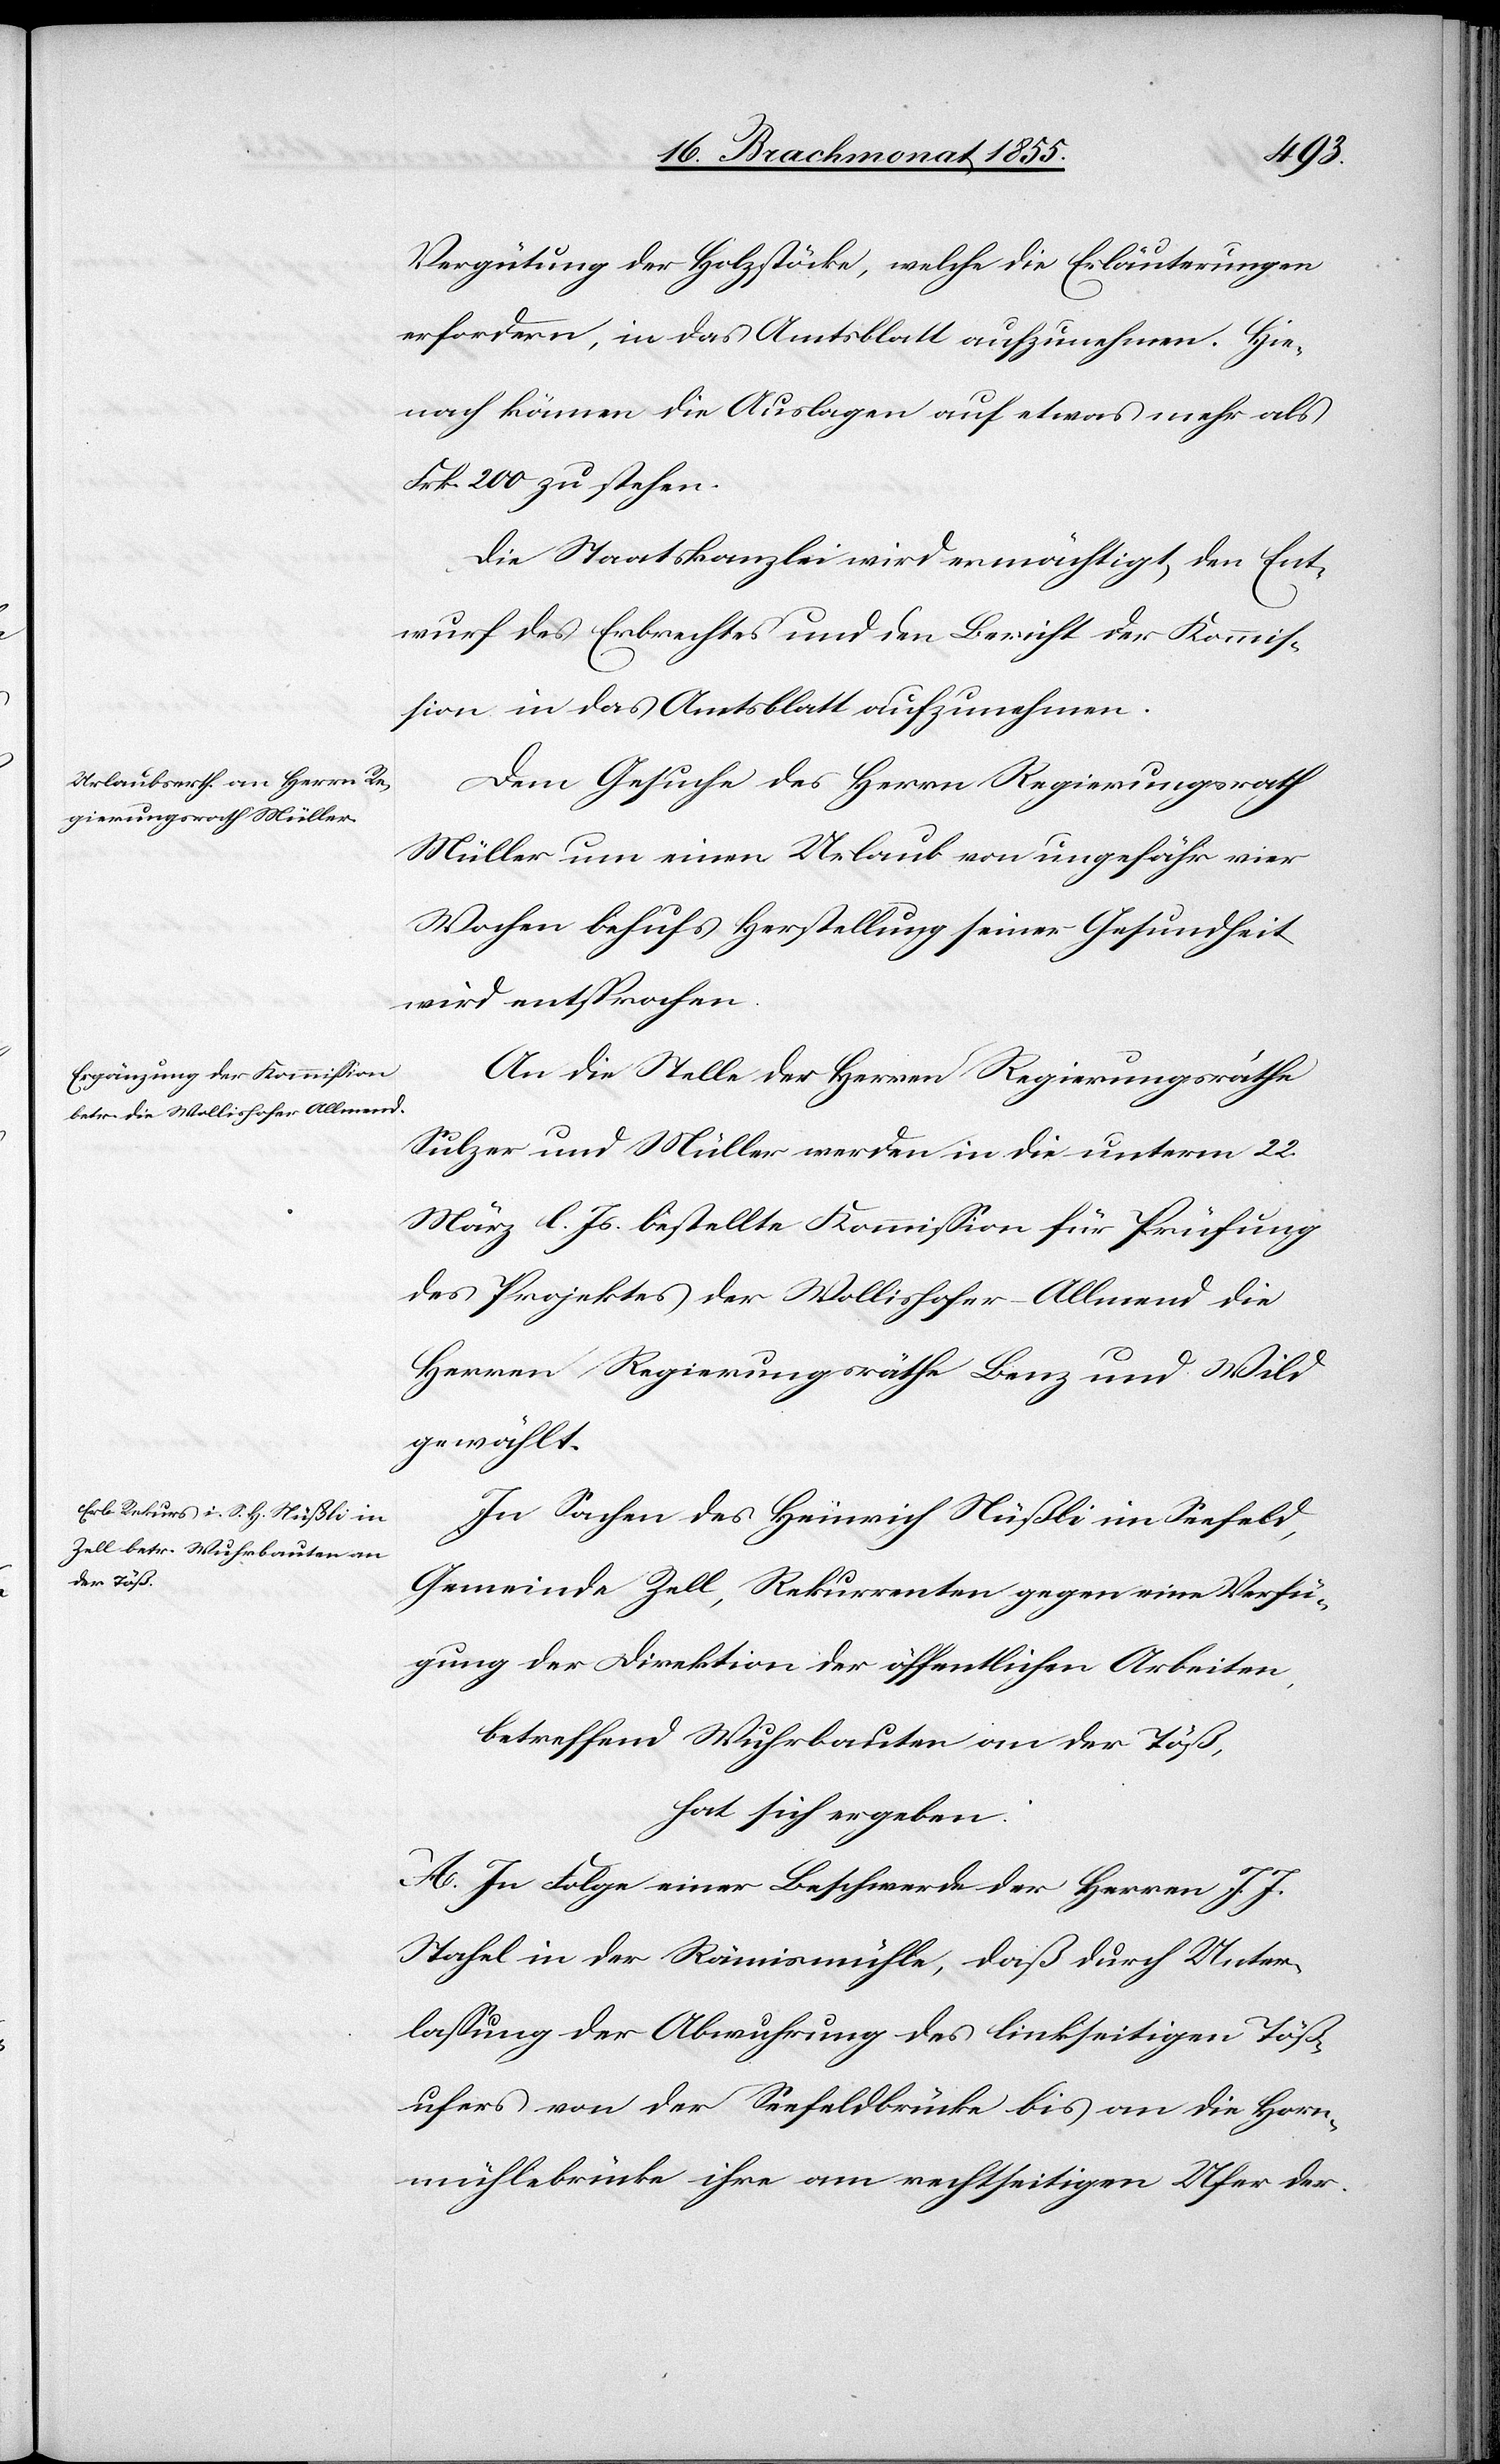
Vergütung der Holzstöcke, welche die Erläuterungen
erfordern, in das Amtsblatt aufzunehmen. Hie¬
nach kämen die Auslagen auf etwas mehr als
Frk. 200 zu stehen.
Die Staatskanzlei wird ermächtigt, den Ent¬
wurf des Erbrechtes und den Bericht der Kommis¬
sion in das Amtsblatt aufzunehmen.
Dem Gesuche des Herrn Regierungsrath
Müller um einen Urlaub von ungefähr vier
Wochen behufs Herstellung seiner Gesundheit
wird entsprochen.
An die Stelle der Herren Regierungsräthe
Sulzer und Müller werden in die unterm 22.
März l. Js. bestellte Kommission für Prüfung
des Projektes der Wollishofer-Allmend die
Herren Regierungsräthe Benz und Wild
gewählt.
In Sachen des Heinrich Nüßli im Seefeld,
Gemeinde Zell, Rekurrenten gegen eine Verfü¬
gung der Direktion der öffentlichen Arbeiten,
betreffend Wuhrbauten an der Töß,
hat sich ergeben:
A. In Folge einer Beschwerde der Herren J. J.
Stahel in der Rämismühle, daß durch Unter¬
lassung der Abwuhrung des linkseitigen Töß¬
ufers von der Seefeldbrücke bis an die Horn¬
mühlebrücke ihre am rechtseitigen Ufer der